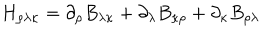
H _ { \rho \lambda \kappa } = \partial _ { \rho } B _ { \lambda \kappa } + \partial _ { \lambda } B _ { \kappa \rho } + \partial _ { \kappa } B _ { \rho \lambda }